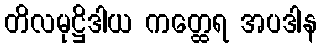
တိလမုဋ္ဌိဒါယ ကတ္ထေရ အပဒါန